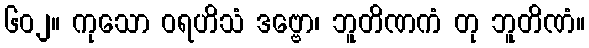
၆၀၂။ ကုသော ဝရဟိသံ ဒဗ္ဗော၊ ဘူတိဏကံ တု ဘူတိဏံ။